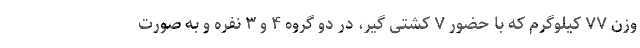
وزن ۷۷ کیلوگرم که با حضور ۷ کشتی گیر، در دو گروه ۴ و ۳ نفره و به صورت